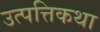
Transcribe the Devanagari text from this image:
उत्पत्तिकथा